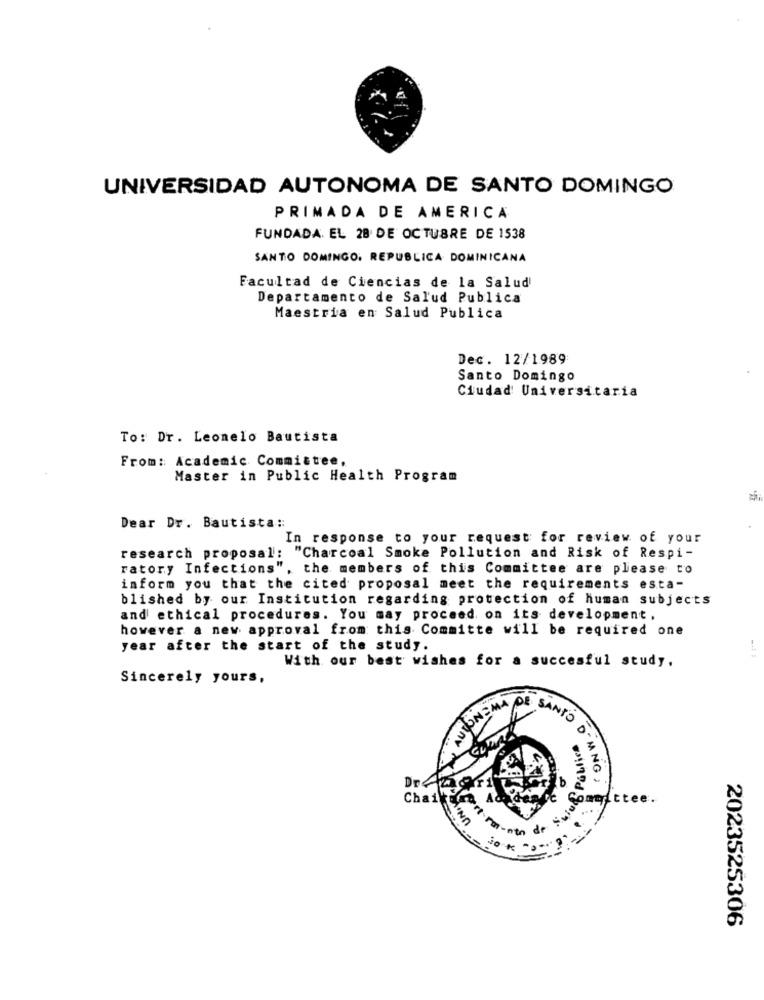
UNIVERSIDAD AUTONOMA DE SANTO DOMINGO
PRIMADA DE AMERICA
FUNDADA. EL 28 DE OCTUBRE DE 1538
SANTO DOMINGO, REPUBLICA DOMINICANA
Facultad de Ciencias de la Salud
Departamento de Salud Publica
Maestria en Salud Publica
Dec. 12/1989
Santo Domingo
Ciudad Universitaria
To: Dr. Leonelo Bautista
From: Academic Committee,
Master in Public Health Program
Dear Dr. Bautista ::
In response to your request for review of your
research proposal: "Charcoal Smoke Pollution and Risk of Respi-
ratory Infections",
the members of this Committee are please to
inform you that the cited proposal meet the requirements esta-
blished by our Institution regarding protection of human subjects
and ethical procedures. You may proceed on its development.
however a new approval from this Committe will be required one
year after the start of the study.
With our best wishes for a succesful study,
Sincerely yours,
& Publica CINVE
ONEMA
DE SANTO
0.
GLIN
D' MNG ,
Chaik&
Committee.
2023525306